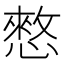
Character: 憗